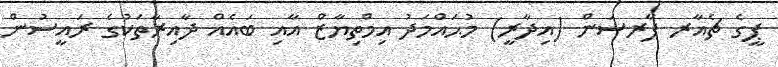
ޕީގެ ޗެއާރ ޕާރސަން (އިދާރީ) މުޙައްމަދު އިމްތިޔާޒް އާއި ބައެއް ދާއިރާތަކުގެ ރައީސުން